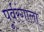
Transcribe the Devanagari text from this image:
पूर्वरंगाला